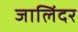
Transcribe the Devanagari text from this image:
जालिंदर